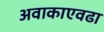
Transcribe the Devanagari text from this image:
अवाकाएवढा